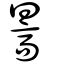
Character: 暠